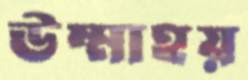
উম্মাহয়